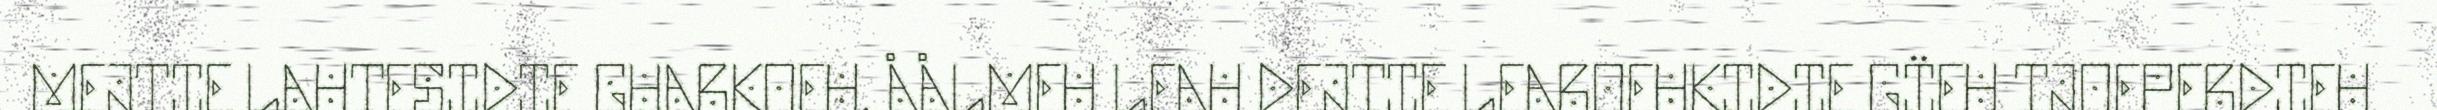
MEJTIE LAHTESIDIE GUARKOEH. ÅÅLMEH LEAH DEJTIE LEAROEHKIDIE GÏEH TJOEPERDIEH